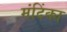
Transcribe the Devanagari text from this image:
मंदिंका